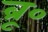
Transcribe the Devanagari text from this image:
ब्रू०